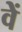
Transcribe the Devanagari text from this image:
वेें